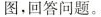
图，回答问题。